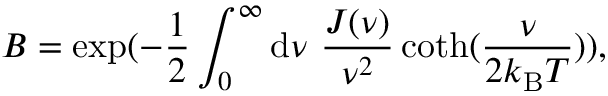
B = \exp ( - \frac { 1 } { 2 } \int _ { 0 } ^ { \infty } \mathrm { d } \nu ~ \frac { J ( \nu ) } { \nu ^ { 2 } } \coth ( \frac { \nu } { 2 k _ { \mathrm { B } } T } ) ) ,